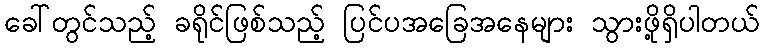
ခေါ်တွင်သည့် ခရိုင်ဖြစ်သည့် ပြင်ပအခြေအနေများ သွားဖို့ရှိပါတယ်